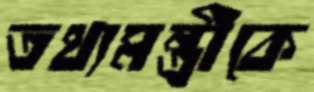
তথ্যমন্ত্রীকে